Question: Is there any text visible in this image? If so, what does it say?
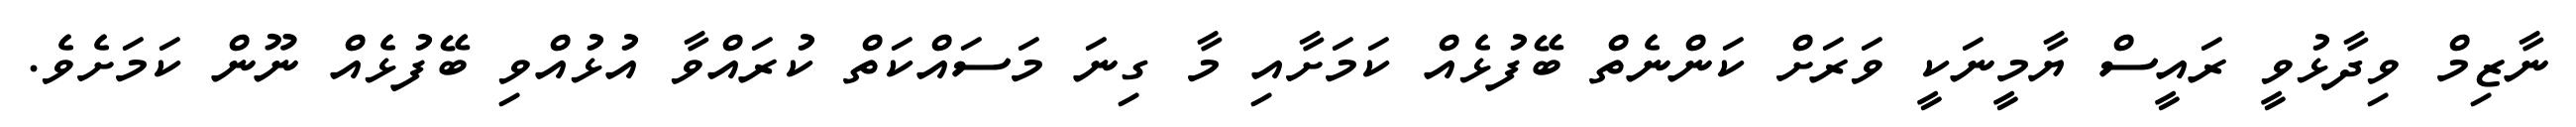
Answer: ނާޒިމް ވިދާޅުވީ ރައީސް ޔާމީނަކީ ވަރަށް ކަންނެތް ބޭފުޅެއް ކަމަށާއި މާ ގިނަ މަސައްކަތް ކުރައްވާ އުޅުއްވި ބޭފުޅެއް ނޫން ކަމަށެވެ.